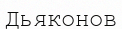
Дьяконов